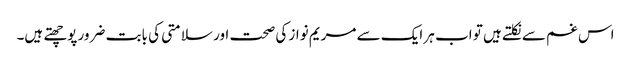
اس غم سے نکلتے ہیں تو اب ہر ایک سے مریم نواز کی صحت اور سلامتی کی بابت ضرور پوچھتے ہیں۔